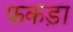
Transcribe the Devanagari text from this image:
फकड़ा